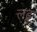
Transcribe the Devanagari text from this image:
लढु